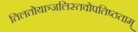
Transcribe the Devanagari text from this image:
तिलतोयाञ्जलिस्तवोपतिष्ठताम्